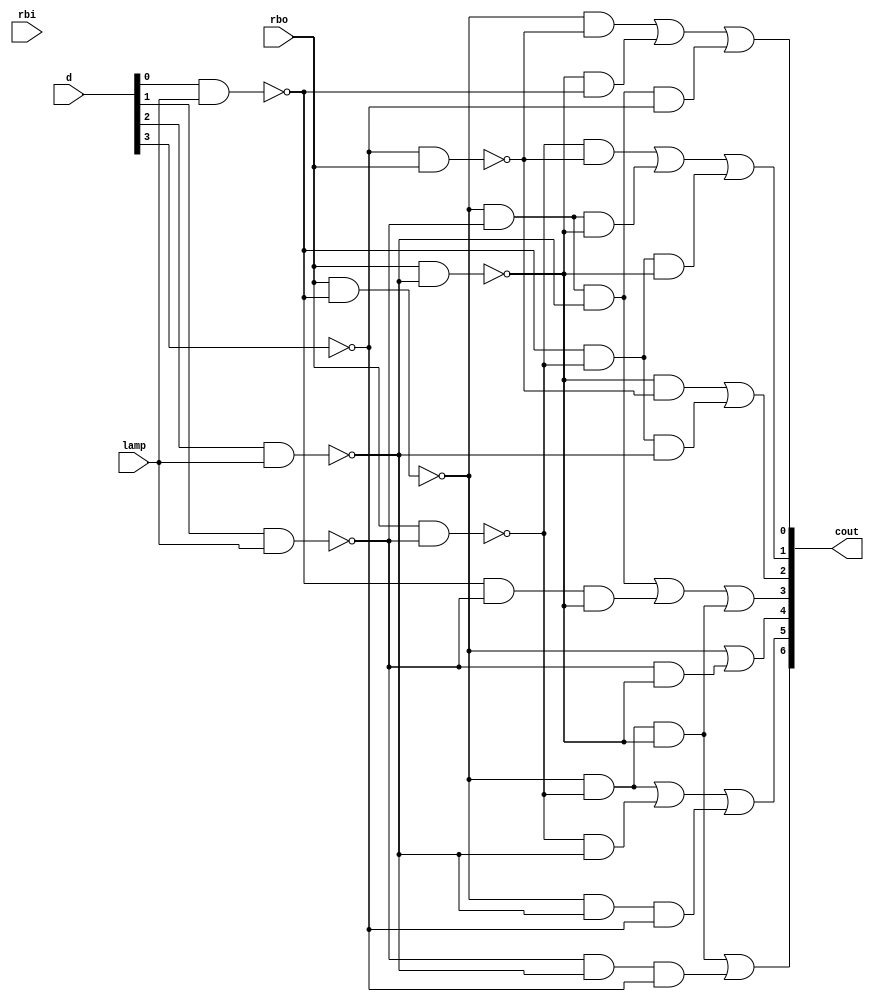
`timescale 1ns / 1ps
//////////////////////////////////////////////////////////////////////////////////
// Company: 
// Engineer: 
// 
// Design Name: 
// Module Name:    gatedesign 
// Project Name: 
// Target Devices: 
// Tool versions: 
// Description: 
//
// Dependencies: 
//			 ___________
//        |   b     |
//        |g       c|
//        |___a_____|  0to7 = a to g
//        |         |
//        |f       d|
//        |___e_____|
//
// Revision: 
// Revision 0.01 - File Created
// Additional Comments: 
//
//////////////////////////////////////////////////////////////////////////////////
module gatedesign(
    input [3:0] d,
    input rbo,
    input lamp,
    input rbi,
    output [6:0] cout
    );
	 
wire a1;wire a2;wire a3;wire a4;wire a5;wire a6;
nand(a1,d[0],lamp);
nand(a2,d[1],lamp);
nand(a3,d[2],lamp);
not(a4,d[3]);
not(a6,rbi);

wire b1;wire b2;wire b3;wire b4;
nand(b1,rbo,a1);
nand(b2,rbo,a2);
nand(b3,rbo,a3);
nand(b4,a4,rbo);

wire c1;wire c2;wire c3;
and(c1,b1,b4);
and(c2,b3,a1);
and(c3,b1,a2,a3,a4);
wire c4;wire c5;wire c6;
and(c4,b2,b4);
and(c5,b1,a2,b3);
and(c6,a1,b2,b3);
wire c7;wire c8;
and(c7,b3,b4);
and(c8,a1,b2,a3);
wire c9;wire c10;wire c11;
and(c9,b1,a2,a3);
and(c10,a1,a2,b3);
and(c11,b1,b2,b3);
/*wire c12 = b1*/wire c13;
and(c13,a2,b3);
wire c14;wire c15;wire c16;
and(c14,b1,b2);
and(c15,b2,a3);
and(c16,b1,a3,a4);
wire c17;wire c18;
and(c17,b1,b2,b3);
and(c18,a2,a3,a4);

wire e1;wire e2;wire e3;wire e4;wire e5;wire e6;wire e7;
nor(e1,c1,c2,c3);
nor(e2,c4,c5,c6);
nor(e3,c7,c8);
nor(e4,c9,c10,c11);
nor(e5,b1,c13);
nor(e6,c14,c15,c16);
nor(e7,c17,c18);

not(cout[0],e1);
not(cout[1],e2);
not(cout[2],e3);
not(cout[3],e4);
not(cout[4],e5);
not(cout[5],e6);
not(cout[6],e7);

endmodule